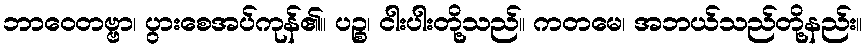
ဘာဝေတဗ္ဗာ၊ ပွားစေအပ်ကုန်၏။ ပဉ္စ၊ ငါးပါးတို့သည်။ ကတမေ၊ အဘယ်သည်တို့နည်း။